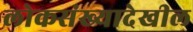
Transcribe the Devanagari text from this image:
लोकसंख्यादेखील